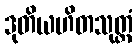
ဒုတိယဟိတသုတ္တံ